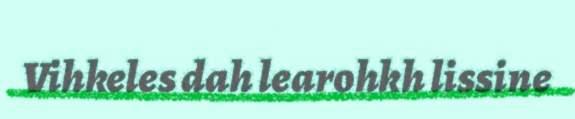
Vihkeles dah learohkh lissine